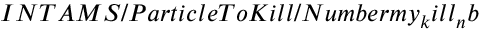
I N T A M S / P a r t i c l e T o K i l l / N u m b e r m y _ { k } i l l _ { n } b